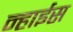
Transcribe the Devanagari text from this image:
न्हाईस